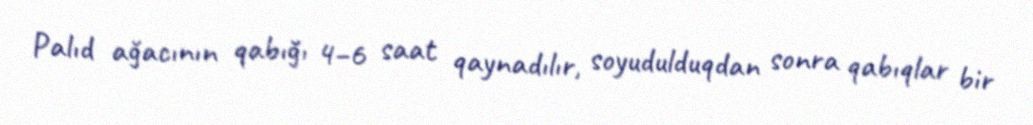
Palıd ağacının qabığı 4–6 saat qaynadılır, soyudulduqdan sonra qabıqlar bir